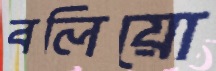
বলিয়ো